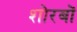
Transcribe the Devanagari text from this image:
शोरबों